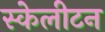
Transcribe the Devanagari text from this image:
स्केलीटन